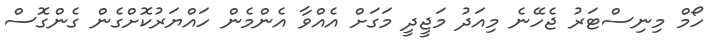
ހޯމް މިނިސްޓަރު ޖެހޭނެ މިއަދު މަޖީދީ މަގަށް އެއްވާ އެންމެން ހައްޔަރުކޮށްގެން ގެންގޮސް